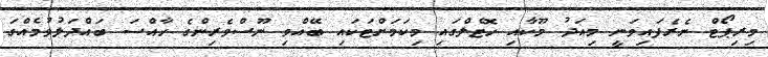
މިރިޕޯޓް ނެރެފައިވަނީ މިއަދު މޫކާއި ހޮޓެލްގައި މިކަމަށްޓަކައި ބޭއްވި ނޫސްވެރިންގެ ހާއްސަ ބައްދަލުވުމެއްގަ